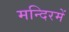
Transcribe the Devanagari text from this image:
मन्दिरमें